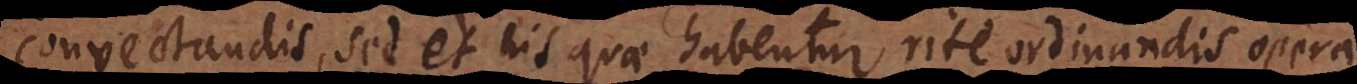
convectandis, sed et his quae habentur rite ordinandis opera